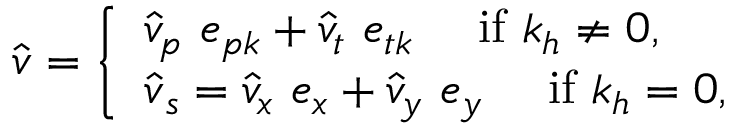
\hat { \boldsymbol { v } } = \left\{ \begin{array} { l l } { \hat { v } _ { p } ~ \boldsymbol { e } _ { p \boldsymbol { k } } + \hat { v } _ { t } ~ \boldsymbol { e } _ { t \boldsymbol { k } } ~ ~ ~ ~ \mathrm { i f } ~ k _ { h } \neq 0 , } \\ { \hat { \boldsymbol { v } } _ { s } = \hat { v } _ { x } ~ \boldsymbol { e } _ { x } + \hat { v } _ { y } ~ \boldsymbol { e } _ { y } ~ ~ ~ ~ \mathrm { i f } ~ k _ { h } = 0 , } \end{array} \right.